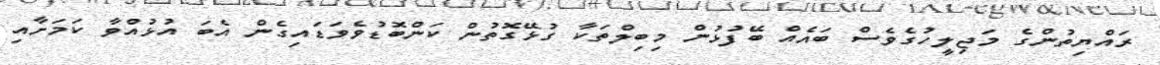
ރައްޔިތުންގެ މަޖިލީހުގެވެސް ބައެއް ބޭފުޅުން މިބިލްތަކާ ގުޅޭގޮތުން ކަންބޮޑުވެވަޑައިގެން އެބަ އުޅުއްވާ ކަމަށާއި